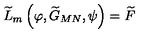
\widetilde { L } _ { m } \left( \varphi , \widetilde { G } _ { M N } , \psi \right) = \widetilde { F }